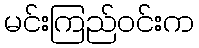
မင်းကြည်ဝင်းက